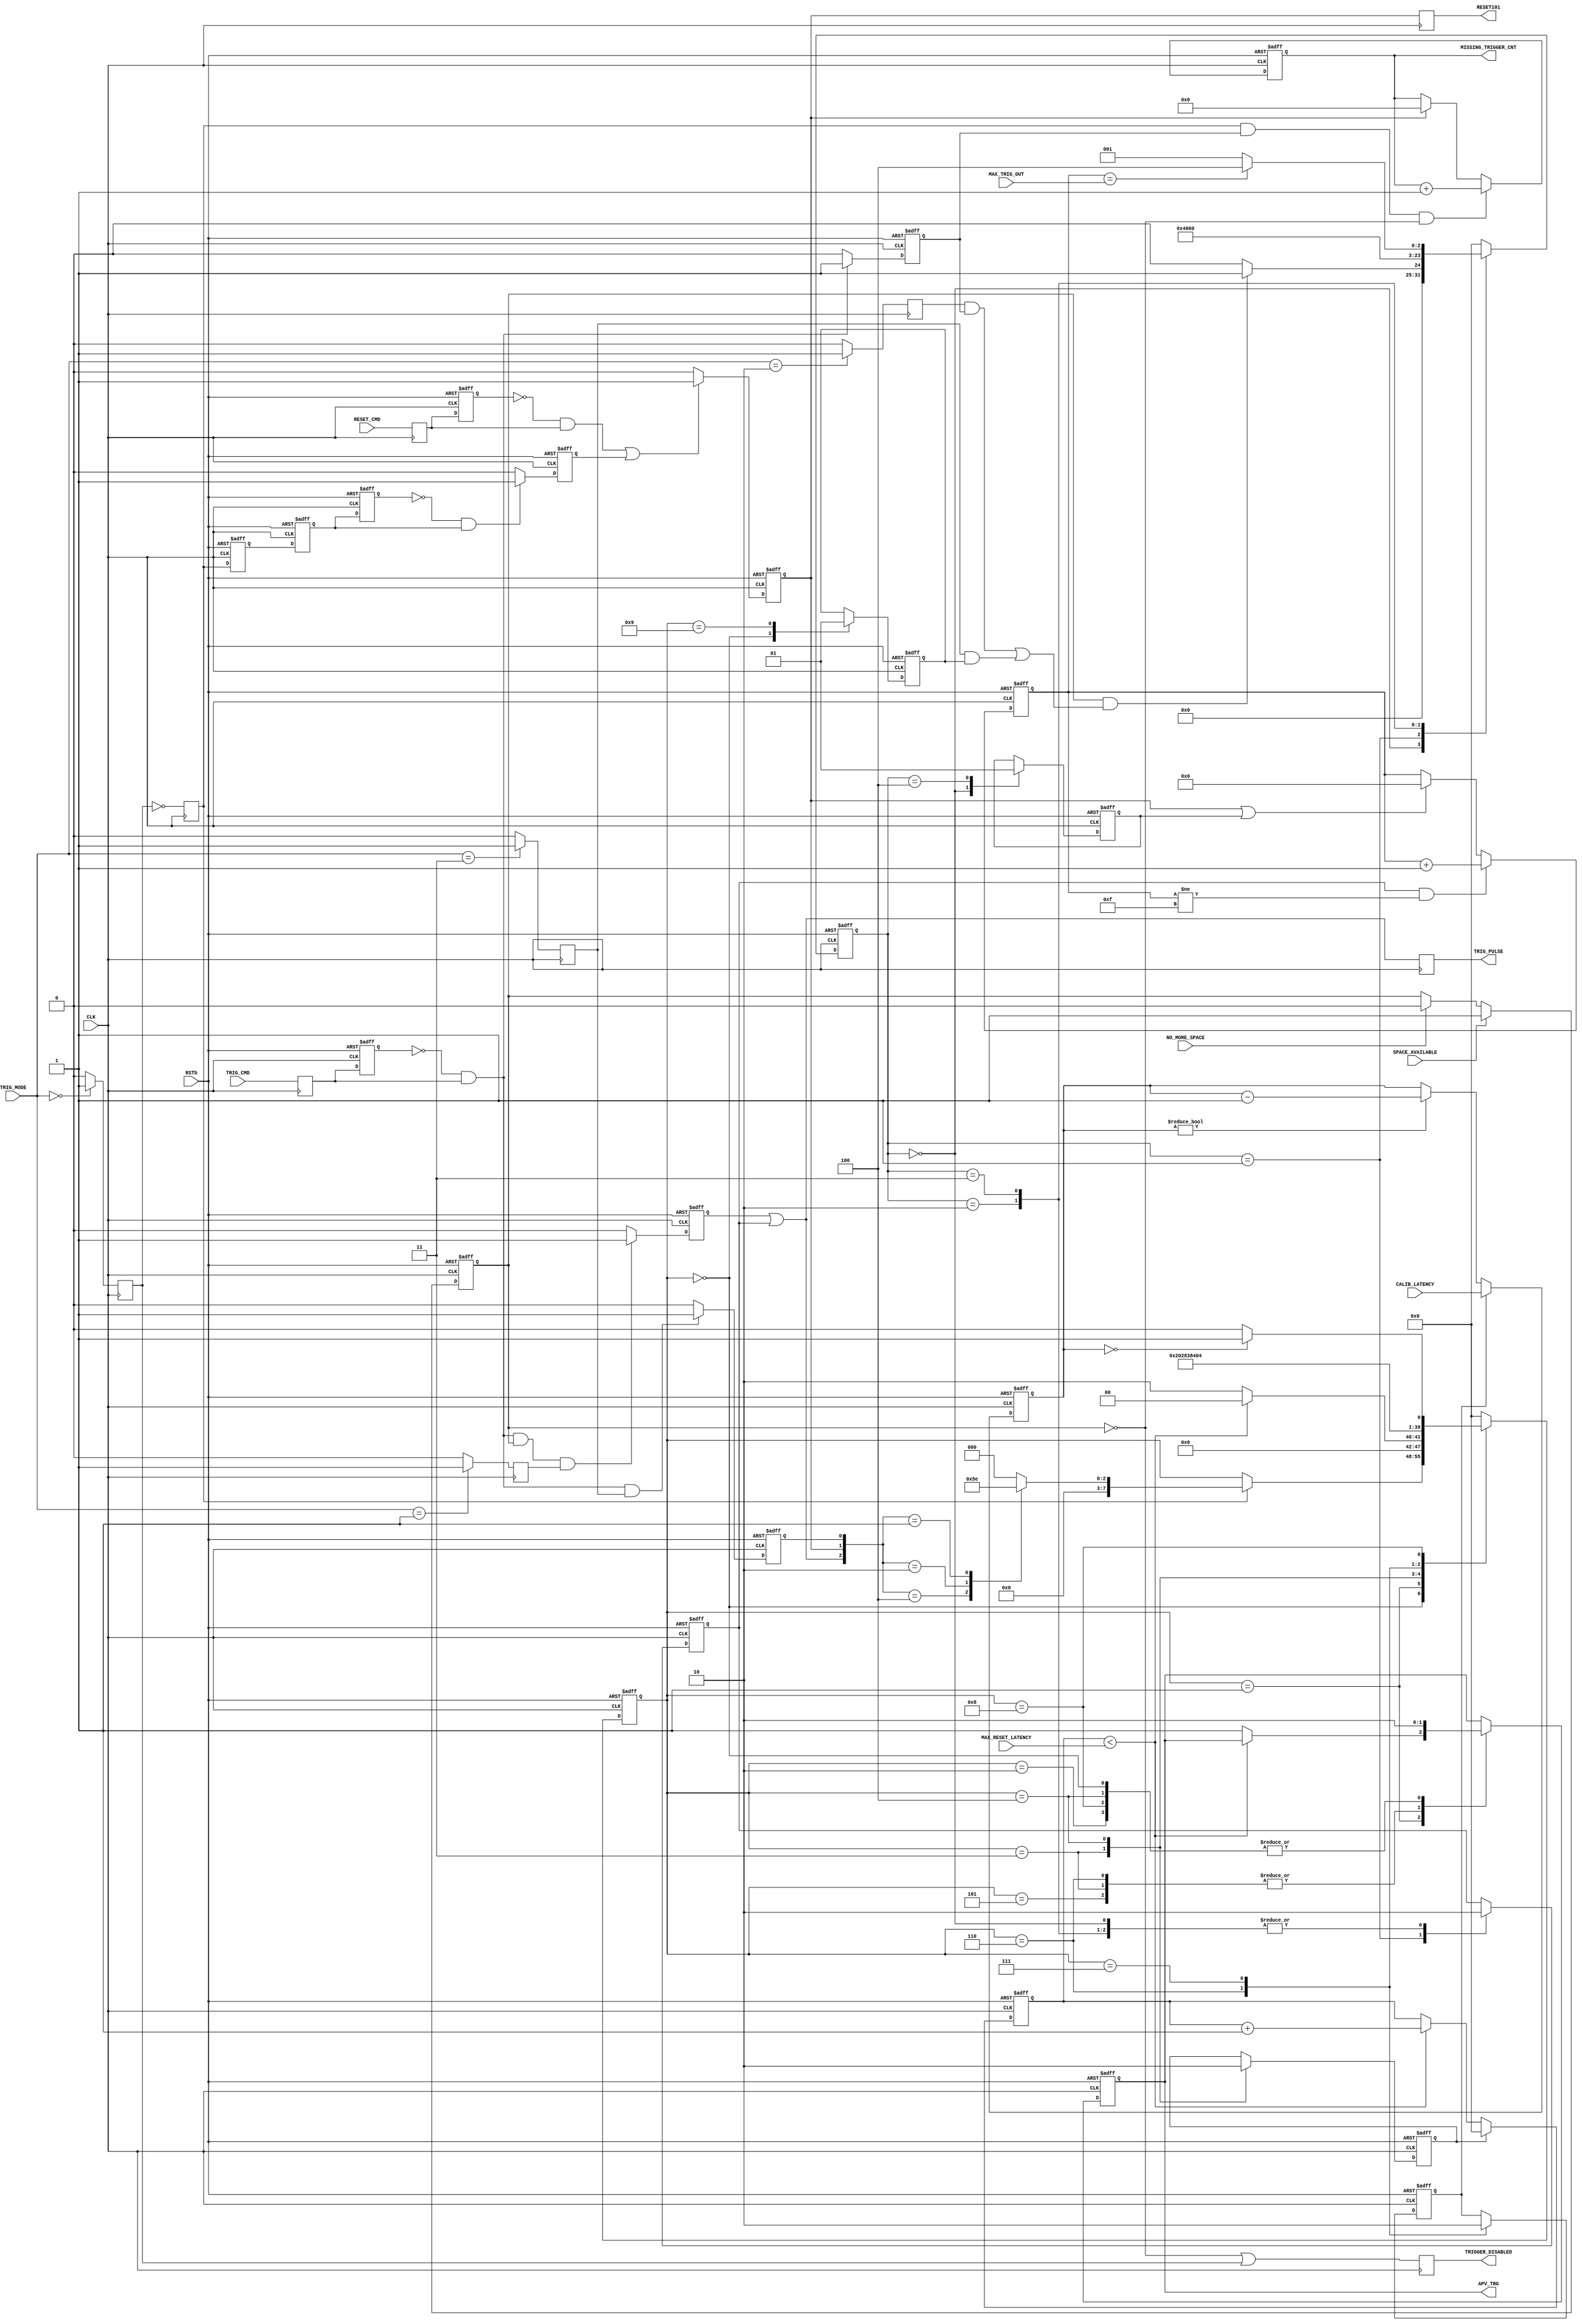

module TrigGen(APV_TRG, RESET101, RSTb, CLK, MAX_TRIG_OUT, TRIG_PULSE, TRIG_MODE,
	TRIG_CMD, RESET_CMD, MISSING_TRIGGER_CNT, MAX_RESET_LATENCY, CALIB_LATENCY,
	NO_MORE_SPACE, SPACE_AVAILABLE, TRIGGER_DISABLED);
output APV_TRG, RESET101;
input RSTb, CLK;
input [3:0] MAX_TRIG_OUT;
input [2:0] TRIG_MODE;
output TRIG_PULSE;
input TRIG_CMD, RESET_CMD;
output [31:0] MISSING_TRIGGER_CNT;
input [7:0] MAX_RESET_LATENCY;
input [7:0] CALIB_LATENCY;
input NO_MORE_SPACE, SPACE_AVAILABLE;
output TRIGGER_DISABLED;

reg APV_TRG, RESET101;
reg [31:0] MISSING_TRIGGER_CNT;
reg TRIGGER_DISABLED;
reg TRIG_PULSE;
reg [3:0] trig_cnt;
reg [7:0] reset_latency, calibration_latency;
reg [7:0] fsm_status;
reg [7:0] fsm2_status;
reg old_trig_cmd, trigger_pulse, old_reset_cmd;
reg trigger100_cmd, reset101_cmd, calib110_cmd;
reg clear_reset_latency;
reg TRIG_CMD_reg, RESET_CMD_reg;
reg enable, enable_dly0, enable_dly1, enable_dly2, enable_pulse;
reg hw_trig_enable;
reg trig_disable, trig_apv_normal, trig_apv_multiple, calib_trig_apv;
reg multi_trig100, clr_trig_cnt, load_calibration_latency, calib_trig_pulse;


// Synchronizer
always @(posedge CLK)
begin
	RESET101 <= reset101_cmd;
	TRIG_PULSE <= trigger100_cmd|multi_trig100;
	TRIG_CMD_reg <= TRIG_CMD;
	RESET_CMD_reg <= RESET_CMD;

	trig_disable <= (TRIG_MODE == 3'b000) ? 1 : 0;
	trig_apv_normal <= (TRIG_MODE == 3'b001) ? 1 : 0;
	trig_apv_multiple <= (TRIG_MODE == 3'b010) ? 1 : 0;
	calib_trig_apv <= (TRIG_MODE == 3'b011) ? 1 : 0;

	enable <=  ~trig_disable;

	TRIGGER_DISABLED <= ~hw_trig_enable | trig_disable;
end

// HW Trigger Enabling logic: permit trigger generation only if there is space available in all input FIFOs
always @(posedge CLK or negedge RSTb)
begin
	if( RSTb == 0 )
	begin
		hw_trig_enable <= 0;
	end
	else
	begin
		if( SPACE_AVAILABLE )
			hw_trig_enable <= 1;
		else
			if( NO_MORE_SPACE )
				hw_trig_enable <= 0;
	end
end

// Generate a pulse when enable is set to trigger a reset101
always @(posedge CLK or negedge RSTb)
begin
	if( RSTb == 0 )
	begin
		enable_dly0 <= 0;
		enable_dly1 <= 0;
		enable_dly2 <= 0;
		enable_pulse <= 0;
	end
	else
	begin
		enable_dly0 <= enable;
		enable_dly1 <= enable_dly0;
		enable_dly2 <= enable_dly1;
		if( enable_dly2 == 0 && enable_dly1 == 1 )
			enable_pulse <= 1;
		else
			enable_pulse <= 0;
	end
end

// Pulse generator
always @(posedge CLK or negedge RSTb)
begin
	if( RSTb == 0 )
	begin
		old_trig_cmd <= 0;
		old_reset_cmd <= 0;
		trigger_pulse <= 0;
		trigger100_cmd <= 0;
		reset101_cmd <= 0;
		calib110_cmd <= 0;
	end
	else
	begin
		old_trig_cmd <= TRIG_CMD_reg;
		old_reset_cmd <= RESET_CMD_reg;

		if( (old_trig_cmd == 0 && TRIG_CMD_reg == 1) )
				trigger_pulse <= 1;
			else
				trigger_pulse <= 0;

		if( (old_trig_cmd == 0 && TRIG_CMD_reg == 1) &&
			hw_trig_enable == 1 && trig_apv_normal == 1)
				trigger100_cmd <= 1;
			else
				trigger100_cmd <= 0;

		if( (old_trig_cmd == 0 && TRIG_CMD_reg == 1) &&
			calib_trig_apv == 1)
				calib110_cmd <= 1;
			else
				calib110_cmd <= 0;

		if( (old_reset_cmd == 0 && RESET_CMD_reg == 1) ||
			enable_pulse == 1 )
				reset101_cmd <= 1;
			else
				reset101_cmd <= 0;
	end
end

// reset_latency
always @(posedge CLK or negedge RSTb)
begin
	if( RSTb == 0 )
	begin
		reset_latency <= 0;
	end
	else
	begin
		if( clear_reset_latency == 1 )
			reset_latency <= 0;
		else
			if( reset_latency < MAX_RESET_LATENCY )
				reset_latency <= reset_latency + 1;
	end
end

// Latency counter from Calibration to Trigger
always @(posedge CLK or negedge RSTb)
begin
	if( RSTb == 0 )
	begin
		calibration_latency <= 0;
	end
	else
	begin
		if( load_calibration_latency == 1 )
			calibration_latency <= CALIB_LATENCY;
		else
			if( calibration_latency != 0 )
				calibration_latency <= calibration_latency - 1;
	end
end

// MISSING_TRIGGER_CNT
always @(posedge CLK or negedge RSTb)
begin
	if( RSTb == 0 )
	begin
		MISSING_TRIGGER_CNT <= 0;
	end
	else
	begin
		if( enable == 1 && trigger_pulse == 1 && hw_trig_enable  == 0 )
			MISSING_TRIGGER_CNT <= MISSING_TRIGGER_CNT + 1;
		else
			if( reset101_cmd == 1 )
				MISSING_TRIGGER_CNT <= 0;
	end
end

// State Machine: APV_TRG generation
always @(posedge CLK or negedge RSTb)
begin
	if( RSTb == 0 )
	begin
		fsm_status <= 0;
		APV_TRG <= 0;
		clear_reset_latency <= 0;
		load_calibration_latency <= 0;
		calib_trig_pulse <= 0;
	end
	else
	begin
		case( fsm_status )
			0:	begin
					calib_trig_pulse <= 0;
					APV_TRG <= 0;
					if( enable )
					begin
						case( {trigger100_cmd|multi_trig100, reset101_cmd, calib110_cmd} )
							3'b100: fsm_status <= 1;
							3'b010: fsm_status <= 3;
							3'b001: fsm_status <= 6;
							default: fsm_status <= 0;
						endcase
					end
				end
			1:	begin
					if( reset_latency < MAX_RESET_LATENCY )
						fsm_status <= 0;
					else
					begin
						APV_TRG <= 1;
						fsm_status <= 2;
					end
				end
			2:	begin
					APV_TRG <= 0;
					fsm_status <= 0;
				end
			3:	begin
					clear_reset_latency <= 1;
					APV_TRG <= 1;
					fsm_status <= 4;
				end
			4:	begin
					clear_reset_latency <= 0;
					APV_TRG <= 0;
					fsm_status <= 5;
				end
			5:	begin
					APV_TRG <= 1;
					fsm_status <= 0;
				end
			6:	begin	// Calibration (110) followed by N Trigger (100)
					APV_TRG <= 1;
					load_calibration_latency <= 1;
					fsm_status <= 7;
				end
			7:	begin
					load_calibration_latency <= 0;
					fsm_status <= 8;
				end
			8:	begin
					APV_TRG <= 0;
					if( calibration_latency == 0 )
//						fsm_status <= 5;
						fsm_status <= 9;
					else
						fsm_status <= 8;
				end
			9:	begin
					calib_trig_pulse <= 1;
					fsm_status <= 0;
				end
			default: fsm_status <= 0;
		endcase
	end
end

// State Machine: generates N times 100 pulses every trigger_pulse
always @(posedge CLK or negedge RSTb)
begin
	if( RSTb == 0 )
	begin
		multi_trig100 <= 0;
		clr_trig_cnt <= 0;
		fsm2_status <= 0;
	end
	else
	begin
		case( fsm2_status )
			0:	begin
					clr_trig_cnt <= 0;
					multi_trig100 <= 0;
					if( hw_trig_enable & 
						((trig_apv_multiple & trigger_pulse) | (calib_trig_apv & calib_trig_pulse)) )
						fsm2_status <= 1;
					else
						fsm2_status <= 0;
				end
			1:	begin
					multi_trig100 <= 1;
					fsm2_status <= 2;
				end
			2:	begin
					multi_trig100 <= 0;
					fsm2_status <= 3;
				end
			3:	begin
					multi_trig100 <= 0;
					if( trig_cnt == MAX_TRIG_OUT )
						fsm2_status <= 4;
					else
						fsm2_status <= 1;
				end
			4:	begin
					clr_trig_cnt <= 1;
					fsm2_status <= 0;
				end
			default: fsm2_status <= 0;
		endcase
	end
end

// trig_cnt
always @(posedge CLK or negedge RSTb)
begin
	if( RSTb == 0 )
	begin
		trig_cnt <= 0;
	end
	else
	begin
		if( multi_trig100 == 1 && (trig_cnt != 4'hF) )
			trig_cnt <= trig_cnt + 1;
		else
		begin
			if( reset101_cmd == 1 || clr_trig_cnt == 1 )
				trig_cnt <= 0;
		end
	end
end

endmodule